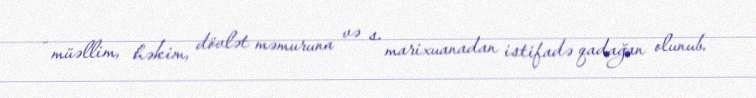
- müəllim, həkim, dövlət məmuruna və s. marixuanadan istifadə qadağan olunub.